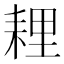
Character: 𦓵